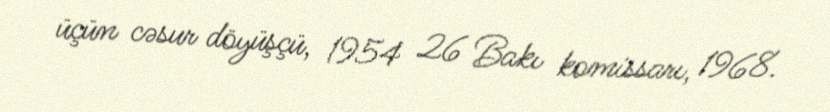
üçün cəsur döyüşçü, 1954 26 Bakı komissarı, 1968.